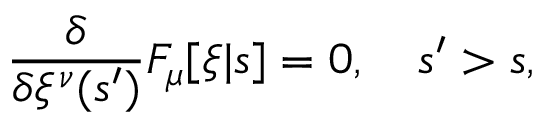
\frac { \delta } { \delta \xi ^ { \nu } ( s ^ { \prime } ) } F _ { \mu } [ \xi | s ] = 0 , \ \ \ s ^ { \prime } > s ,